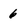
Character: 6